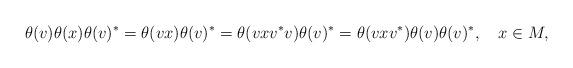
LaTeX: \begin{align*}\theta(v)\theta(x)\theta(v)^*=\theta(vx)\theta(v)^*=\theta(vxv^*v)\theta(v)^*=\theta(vxv^*)\theta(v)\theta(v)^*,\ \ \ x\in M,\end{align*}